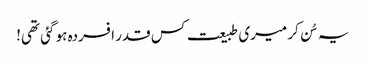
یہ سُن کر میری طبیعت کس قدر افسردہ ہو گئی تھی!